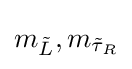
m_{\tilde {L}},m_{{\tilde {\tau }}_{R}}